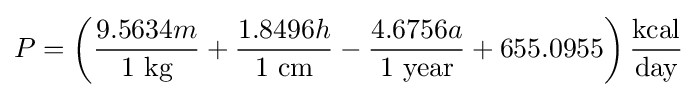
P=\left({\frac {9.5634m}{1~{\text{kg}}}}+{\frac {1.8496h}{1~{\text{cm}}}}-{\frac {4.6756a}{1~{\text{year}}}}+655.0955\right){\frac {\text{kcal}}{\text{day}}}